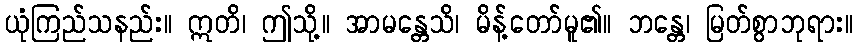
ယုံကြည်သနည်း။ ဣတိ၊ ဤသို့။ အာမန္တေသိ၊ မိန့်တော်မူ၏။ ဘန္တေ၊ မြတ်စွာဘုရား။